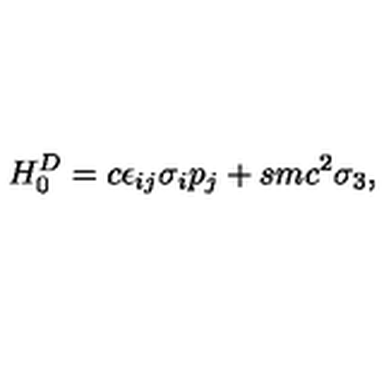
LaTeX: H _ { 0 } ^ { D } = c \epsilon _ { i j } \sigma _ { i } p _ { j } + s m c ^ { 2 } \sigma _ { 3 } ,